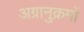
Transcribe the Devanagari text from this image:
अग्रानुक्रमों